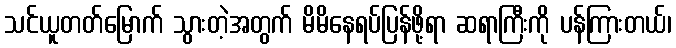
သင်ယူတတ်မြောက် သွားတဲ့အတွက် မိမိနေရပ်ပြန်ဖို့ရာ ဆရာကြီးကို ပန်ကြားတယ်၊